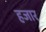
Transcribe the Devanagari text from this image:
हजार